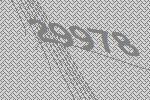
29978